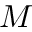
M